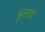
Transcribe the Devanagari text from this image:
बुलया।